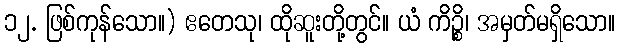
၁၂. ဖြစ်ကုန်သော။) ဧတေသု၊ ထိုဆူးတို့တွင်။ ယံ ကိဉ္စိ၊ အမှတ်မရှိသော။